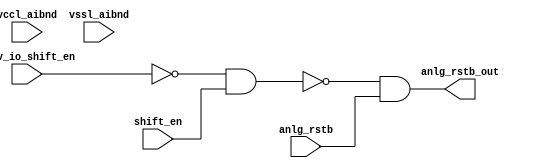
// This program was cloned from: https://github.com/chipsalliance/aib-phy-hardware
// License: Apache License 2.0

// SPDX-License-Identifier: Apache-2.0
// Copyright (C) 2019 Intel Corporation. 
// Library - aibnd_lib, Cell - aibnd_red_custom_dig, View - schematic
// LAST TIME SAVED: Apr 22 15:41:59 2015
// NETLIST TIME: May 12 17:53:10 2015
// `timescale 1ns / 1ns 

module aibnd_red_custom_dig ( anlg_rstb_out, anlg_rstb,
     prev_io_shift_en, shift_en, vccl_aibnd, vssl_aibnd );

output  anlg_rstb_out;

input  anlg_rstb, prev_io_shift_en, shift_en, vccl_aibnd, vssl_aibnd;

wire anlg_rstb_out, io_disable_b, anlg_rstb, prev_io_shenb, shift_en, prev_io_shift_en; // Conversion Sript Generated


// specify 
//     specparam CDS_LIBNAME  = "aibnd_lib";
//     specparam CDS_CELLNAME = "aibnd_red_custom_dig";
//     specparam CDS_VIEWNAME = "schematic";
// endspecify

assign anlg_rstb_out = io_disable_b & anlg_rstb;
assign io_disable_b = !(prev_io_shenb & shift_en);
assign prev_io_shenb = !prev_io_shift_en;

endmodule